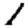
Digit: 1